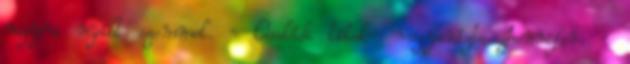
nagyra nyílt szemmel. - Családi titok- magyarázta Jennifer. -